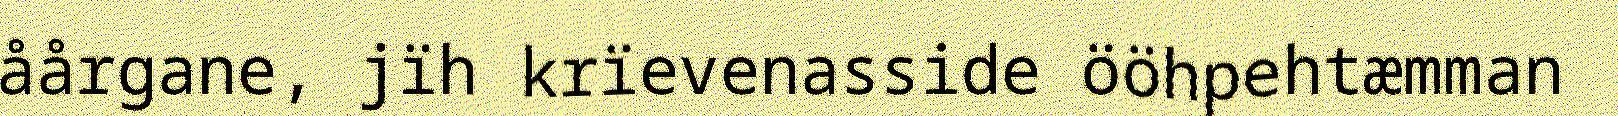
åårgane, jïh krïevenasside ööhpehtæmman